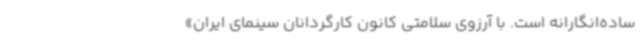
ساده‌انگارانه است. با آرزوی سلامتی کانون کارگردانان سینمای ایران»